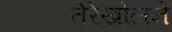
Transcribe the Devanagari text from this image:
तेरेखोलने